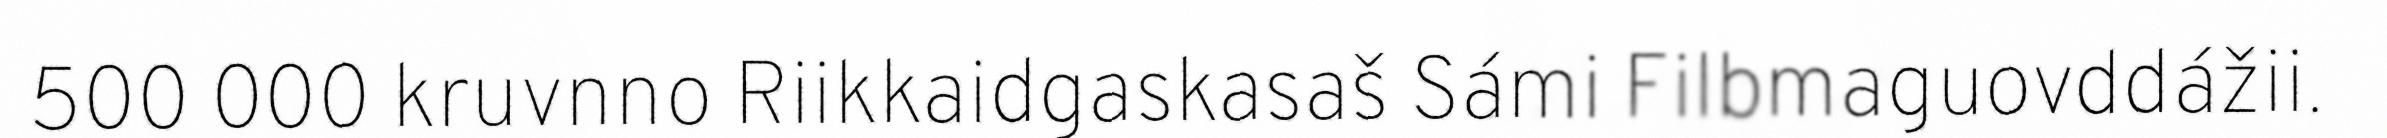
500 000 kruvnno Riikkaidgaskasaš Sámi Filbmaguovddážii.